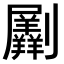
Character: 𠠮